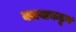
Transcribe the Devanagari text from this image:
क्लबाकडून